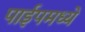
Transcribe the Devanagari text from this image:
पाईपमध्ये